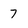
Character: 7